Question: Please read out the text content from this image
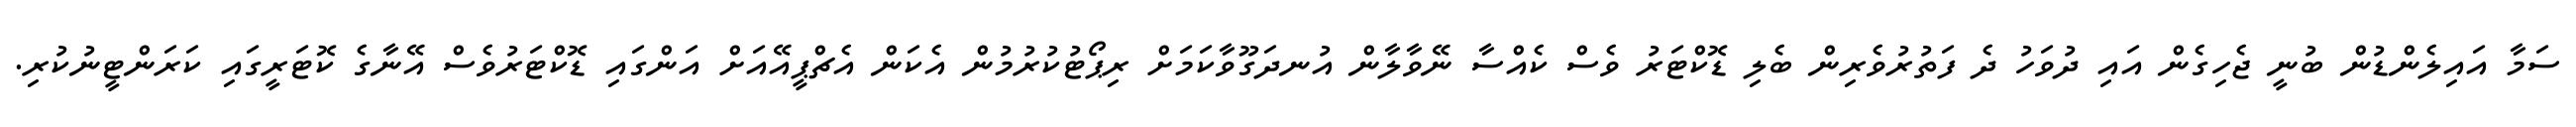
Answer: ސަމާ އައިލެންޑުން ބުނީ ޖެހިގެން އައި ދުވަހު ދެ ފަތުރުވެރިން ބެލި ޑޮކްޓަރު ވެސް ކެއްސާ ނޭވާލާން އުނދަގޫވާކަމަށް ރިޕޯޓުކުރުމުން އެކަން އެޗްޕީއޭއަށް އަންގައި ޑޮކްޓަރުވެސް އޭނާގެ ކޮޓަރީގައި ކަރަންޓީނުކުރި.